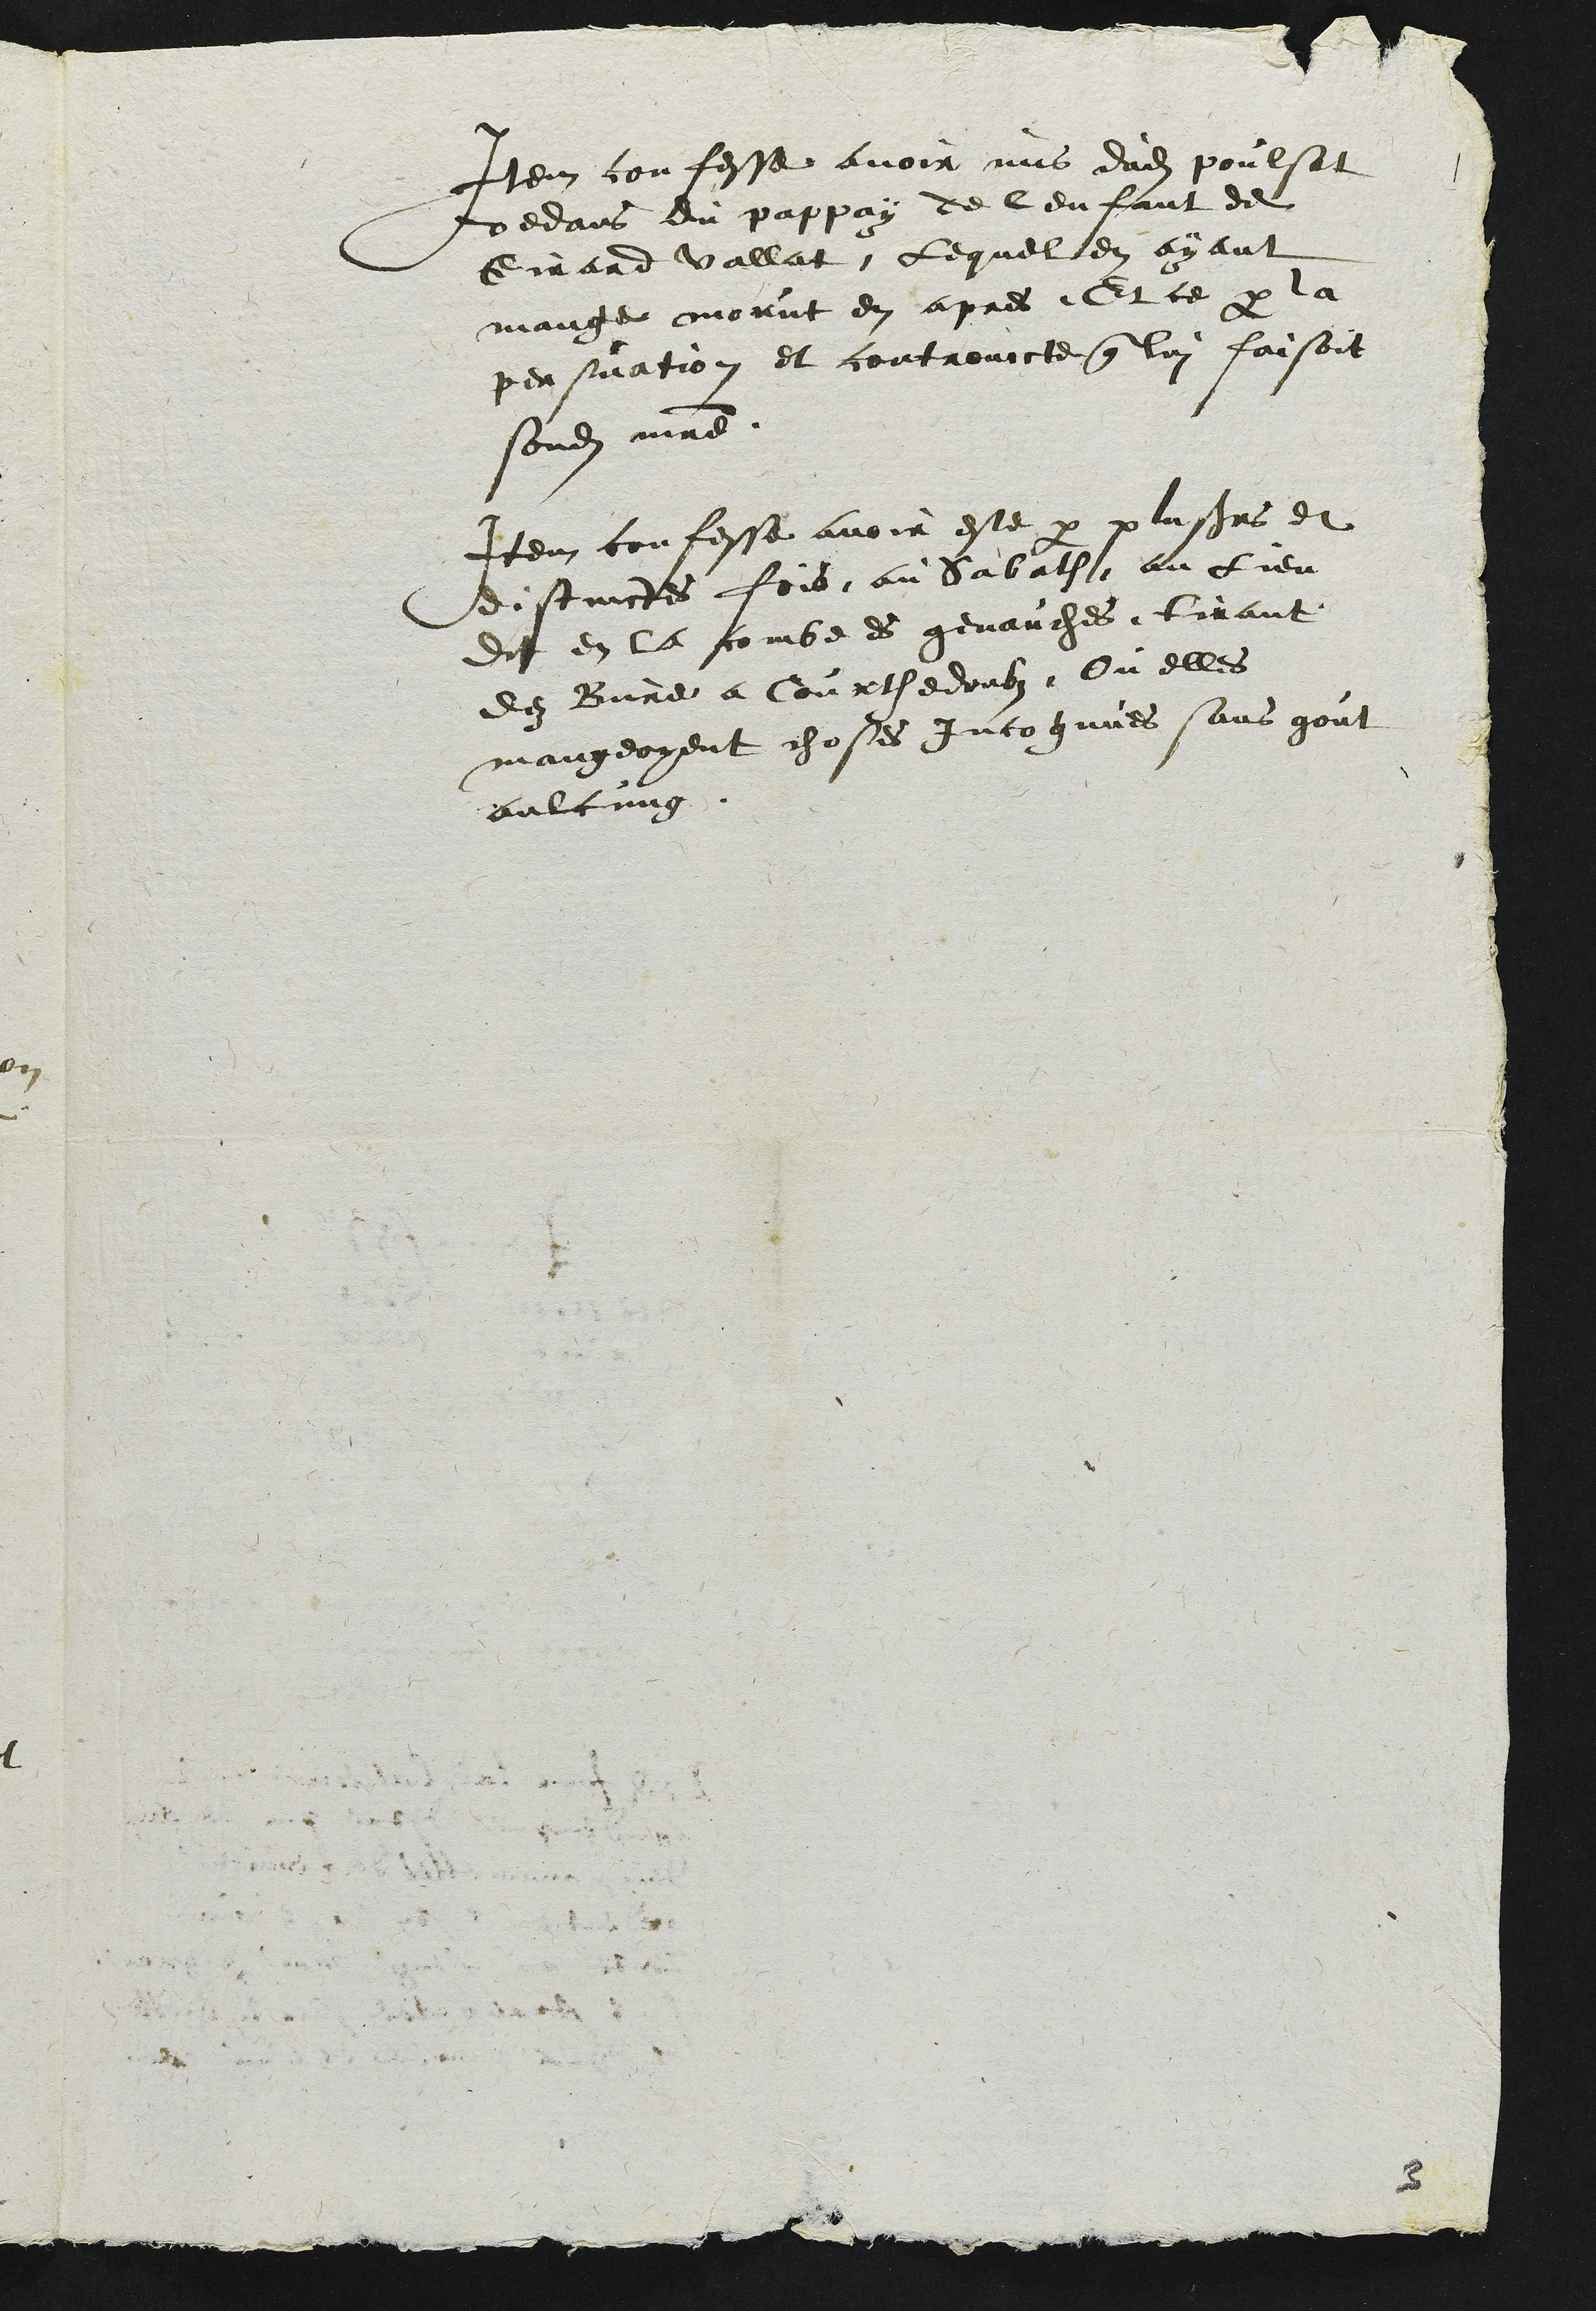
Item confesse avoir mis dudit poulsat
dedans du pappay de lenfant de
Girard Vallat lequel en ayant
mange morut en apres Et ce par la
persuation et controincte que lui faisoit
sondit maitre
Item confesse avoir este par plusieurs et
distinctes fois au Sabath au lieu
dit en la combe es genauches, tirant
de Bure a Courthedoubz Ou elles
mangeoyent choses Incognues sans gout
aulcung